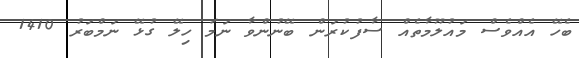
ބެހޭ އެއްވެސް މައުލޫމާތެއް ސާފުކުރަން ބޭނުންވާ ނަމަ ހިލޭ ގުޅޭ ނަމްބަރު 1410